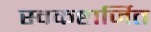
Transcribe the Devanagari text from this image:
स्वकष्टार्जित